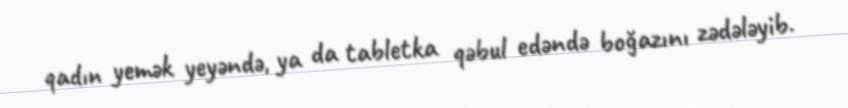
qadın yemək yeyəndə, ya da tabletka qəbul edəndə boğazını zədələyib.